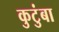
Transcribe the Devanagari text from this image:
कुटुंबा